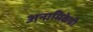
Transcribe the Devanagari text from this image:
अनामिकेची